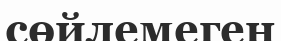
сөйлемеген